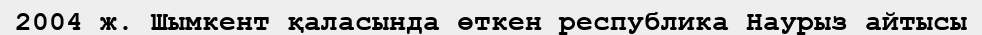
2004 ж. Шымкент қаласында өткен республика Наурыз айтысы